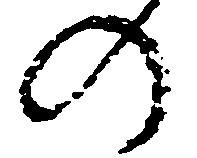
の